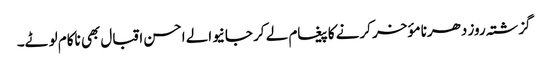
گزشتہ روز دھرنا مؤخر کرنے کا پیغام لے کر جانیوالے احسن اقبال بھی ناکام لوٹے۔